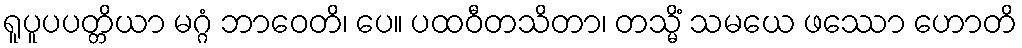
ရူပူပပတ္တိယာ မဂ္ဂံ ဘာဝေတိ၊ ပေ။ ပထဝီတသိတာ၊ တသ္မိံ သမယေ ဖဿော ဟောတိ